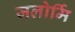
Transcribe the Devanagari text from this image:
जलोर्मि